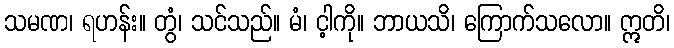
သမဏ၊ ရဟန်း။ တွံ၊ သင်သည်။ မံ၊ င့ါကို။ ဘာယသိ၊ ကြောက်သလော။ ဣတိ၊